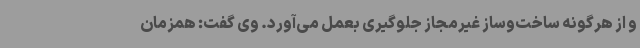
و از هرگونه ساخت‌وساز غیرمجاز جلوگیری بعمل می‌آورد. وی گفت: همزمان